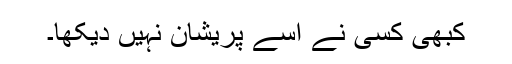
کبھی کسی نے اسے پریشان نہیں دیکھا۔